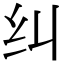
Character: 纠